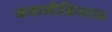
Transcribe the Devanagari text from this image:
कवासीक्रिस्टल